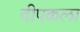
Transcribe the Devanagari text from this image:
दीपकला